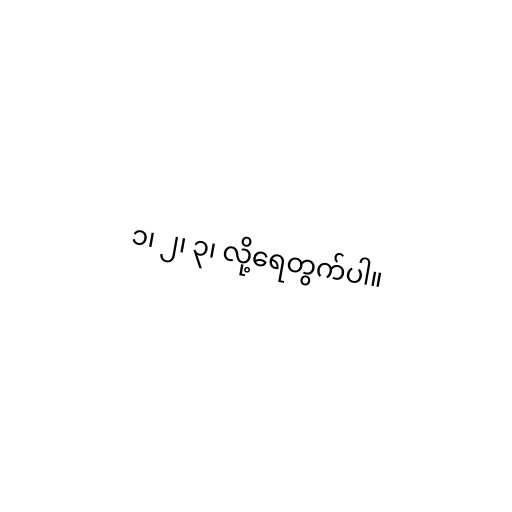
၁၊ ၂၊ ၃၊ လို့ရေတွက်ပါ။